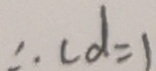
\therefore c d = 1